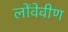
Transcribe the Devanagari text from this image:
लोंवेवीण